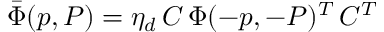
\bar { \Phi } ( p , P ) = \eta _ { d } \, C \, \Phi ( - p , - P ) ^ { T } \, C ^ { T }